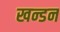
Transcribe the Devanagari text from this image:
खन्डन